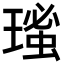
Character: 𤨚